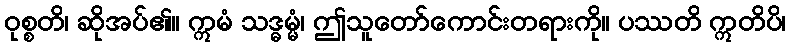
ဝုစ္စတိ၊ ဆိုအပ်၏။ ဣမံ သဒ္ဓမ္မံ၊ ဤသူတော်ကောင်းတရားကို။ ပဿတိ ဣတိပိ၊